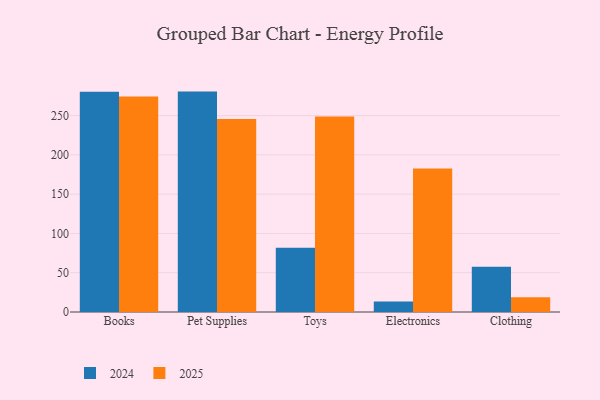
{"axis": {"x": "Category", "y": "Customer Acquisition Cost (USD)"}, "legend": ["2024", "2025"], "data": [{"x": "Books", "y": 274.3, "type": "2025"}, {"x": "Books", "y": 280.4, "type": "2024"}, {"x": "Pet Supplies", "y": 245.7, "type": "2025"}, {"x": "Pet Supplies", "y": 280.5, "type": "2024"}, {"x": "Toys", "y": 248.8, "type": "2025"}, {"x": "Toys", "y": 81.9, "type": "2024"}, {"x": "Electronics", "y": 182.7, "type": "2025"}, {"x": "Electronics", "y": 13.3, "type": "2024"}, {"x": "Clothing", "y": 18.7, "type": "2025"}, {"x": "Clothing", "y": 57.6, "type": "2024"}]}